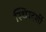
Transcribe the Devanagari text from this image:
स्थिरदर्शी